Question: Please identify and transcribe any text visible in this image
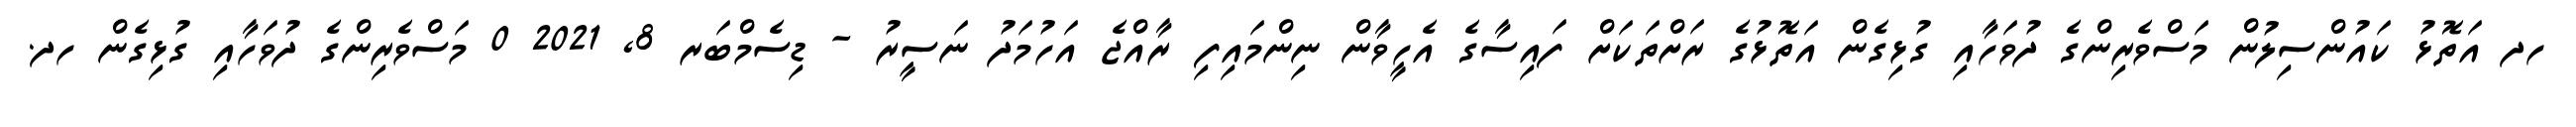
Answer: ހދ އަތޮޅު ކައުންސިލުން މަސްވެރިންގެ ދުވަހާއި ގުޅިގެން އަތޮޅުގެ ރަށްތަކަށް ފައިސާގެ އެހީވާން ނިންމައިފި ރާއްޖެ އަހުމަދު ނަސީރު - ޑިސެމްބަރ 8, 2021 0 މަސްވެރިންގެ ދުވަހާއި ގުޅިގެން ހދ.